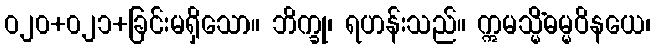
ဝ၂၀+၀၂၁+ခြင်းမရှိသော။ ဘိက္ခု၊ ရဟန်းသည်။ ဣမသ္မိံဓမ္မဝိနယေ၊